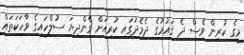
މީގެ ކުރިން ވެސް ދެ ޤައުމުގެ ދެމެދުގައި ކުރިއަށް ގެންދިޔަ ސުލްހައިގެ ވާހަކަތައް